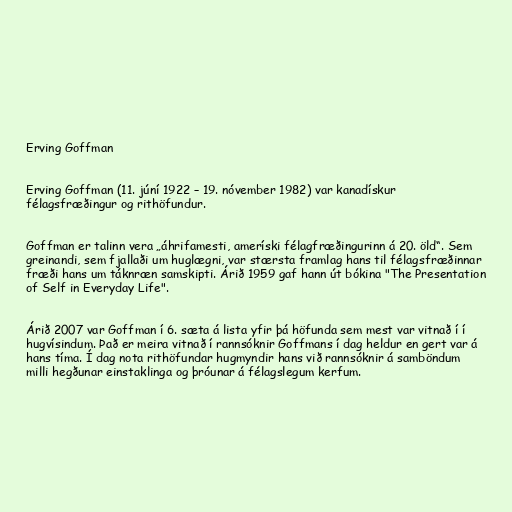
Erving Goffman

Erving Goffman (11. júní 1922 – 19. nóvember 1982) var kanadískur
félagsfræðingur og rithöfundur.

Goffman er talinn vera „áhrifamesti, ameríski félagfræðingurinn á 20. öld“. Sem
greinandi, sem fjallaði um huglægni, var stærsta framlag hans til félagsfræðinnar
fræði hans um táknræn samskipti. Árið 1959 gaf hann út bókina "The Presentation
of Self in Everyday Life".

Árið 2007 var Goffman í 6. sæta á lista yfir þá höfunda sem mest var vitnað í í
hugvísindum. Það er meira vitnað í rannsóknir Goffmans í dag heldur en gert var á
hans tíma. Í dag nota rithöfundar hugmyndir hans við rannsóknir á samböndum
milli hegðunar einstaklinga og þróunar á félagslegum kerfum.